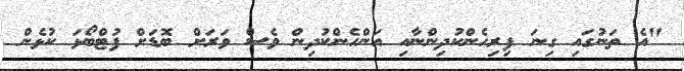
"އެ ތަނުގައި ގިނަ ފިރިހެންކުދިންނާއި އަންހެންކުދިން ވެސް ވަރަށް ބޮޑަށް ފުޓްބޯޅަ ކުޅެން